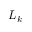
L _ { k }